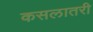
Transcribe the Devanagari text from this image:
कसलातरी